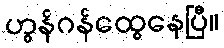
ဟွန်ဂန်ထွေနေပြီ။